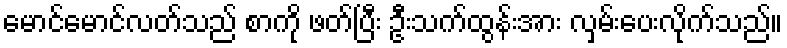
မောင်မောင်လတ်သည် စာကို ဖတ်ပြီး ဦးသက်ထွန်းအား လှမ်းပေးလိုက်သည်။